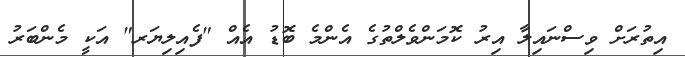
އިތުރަށް ވިސްނައިލާ އިރު ކޮމަންވެލްތުގެ އެންމެ ބޮޑު އެއް "ފެއިލިޔަރ" އަކީ މެންބަރު